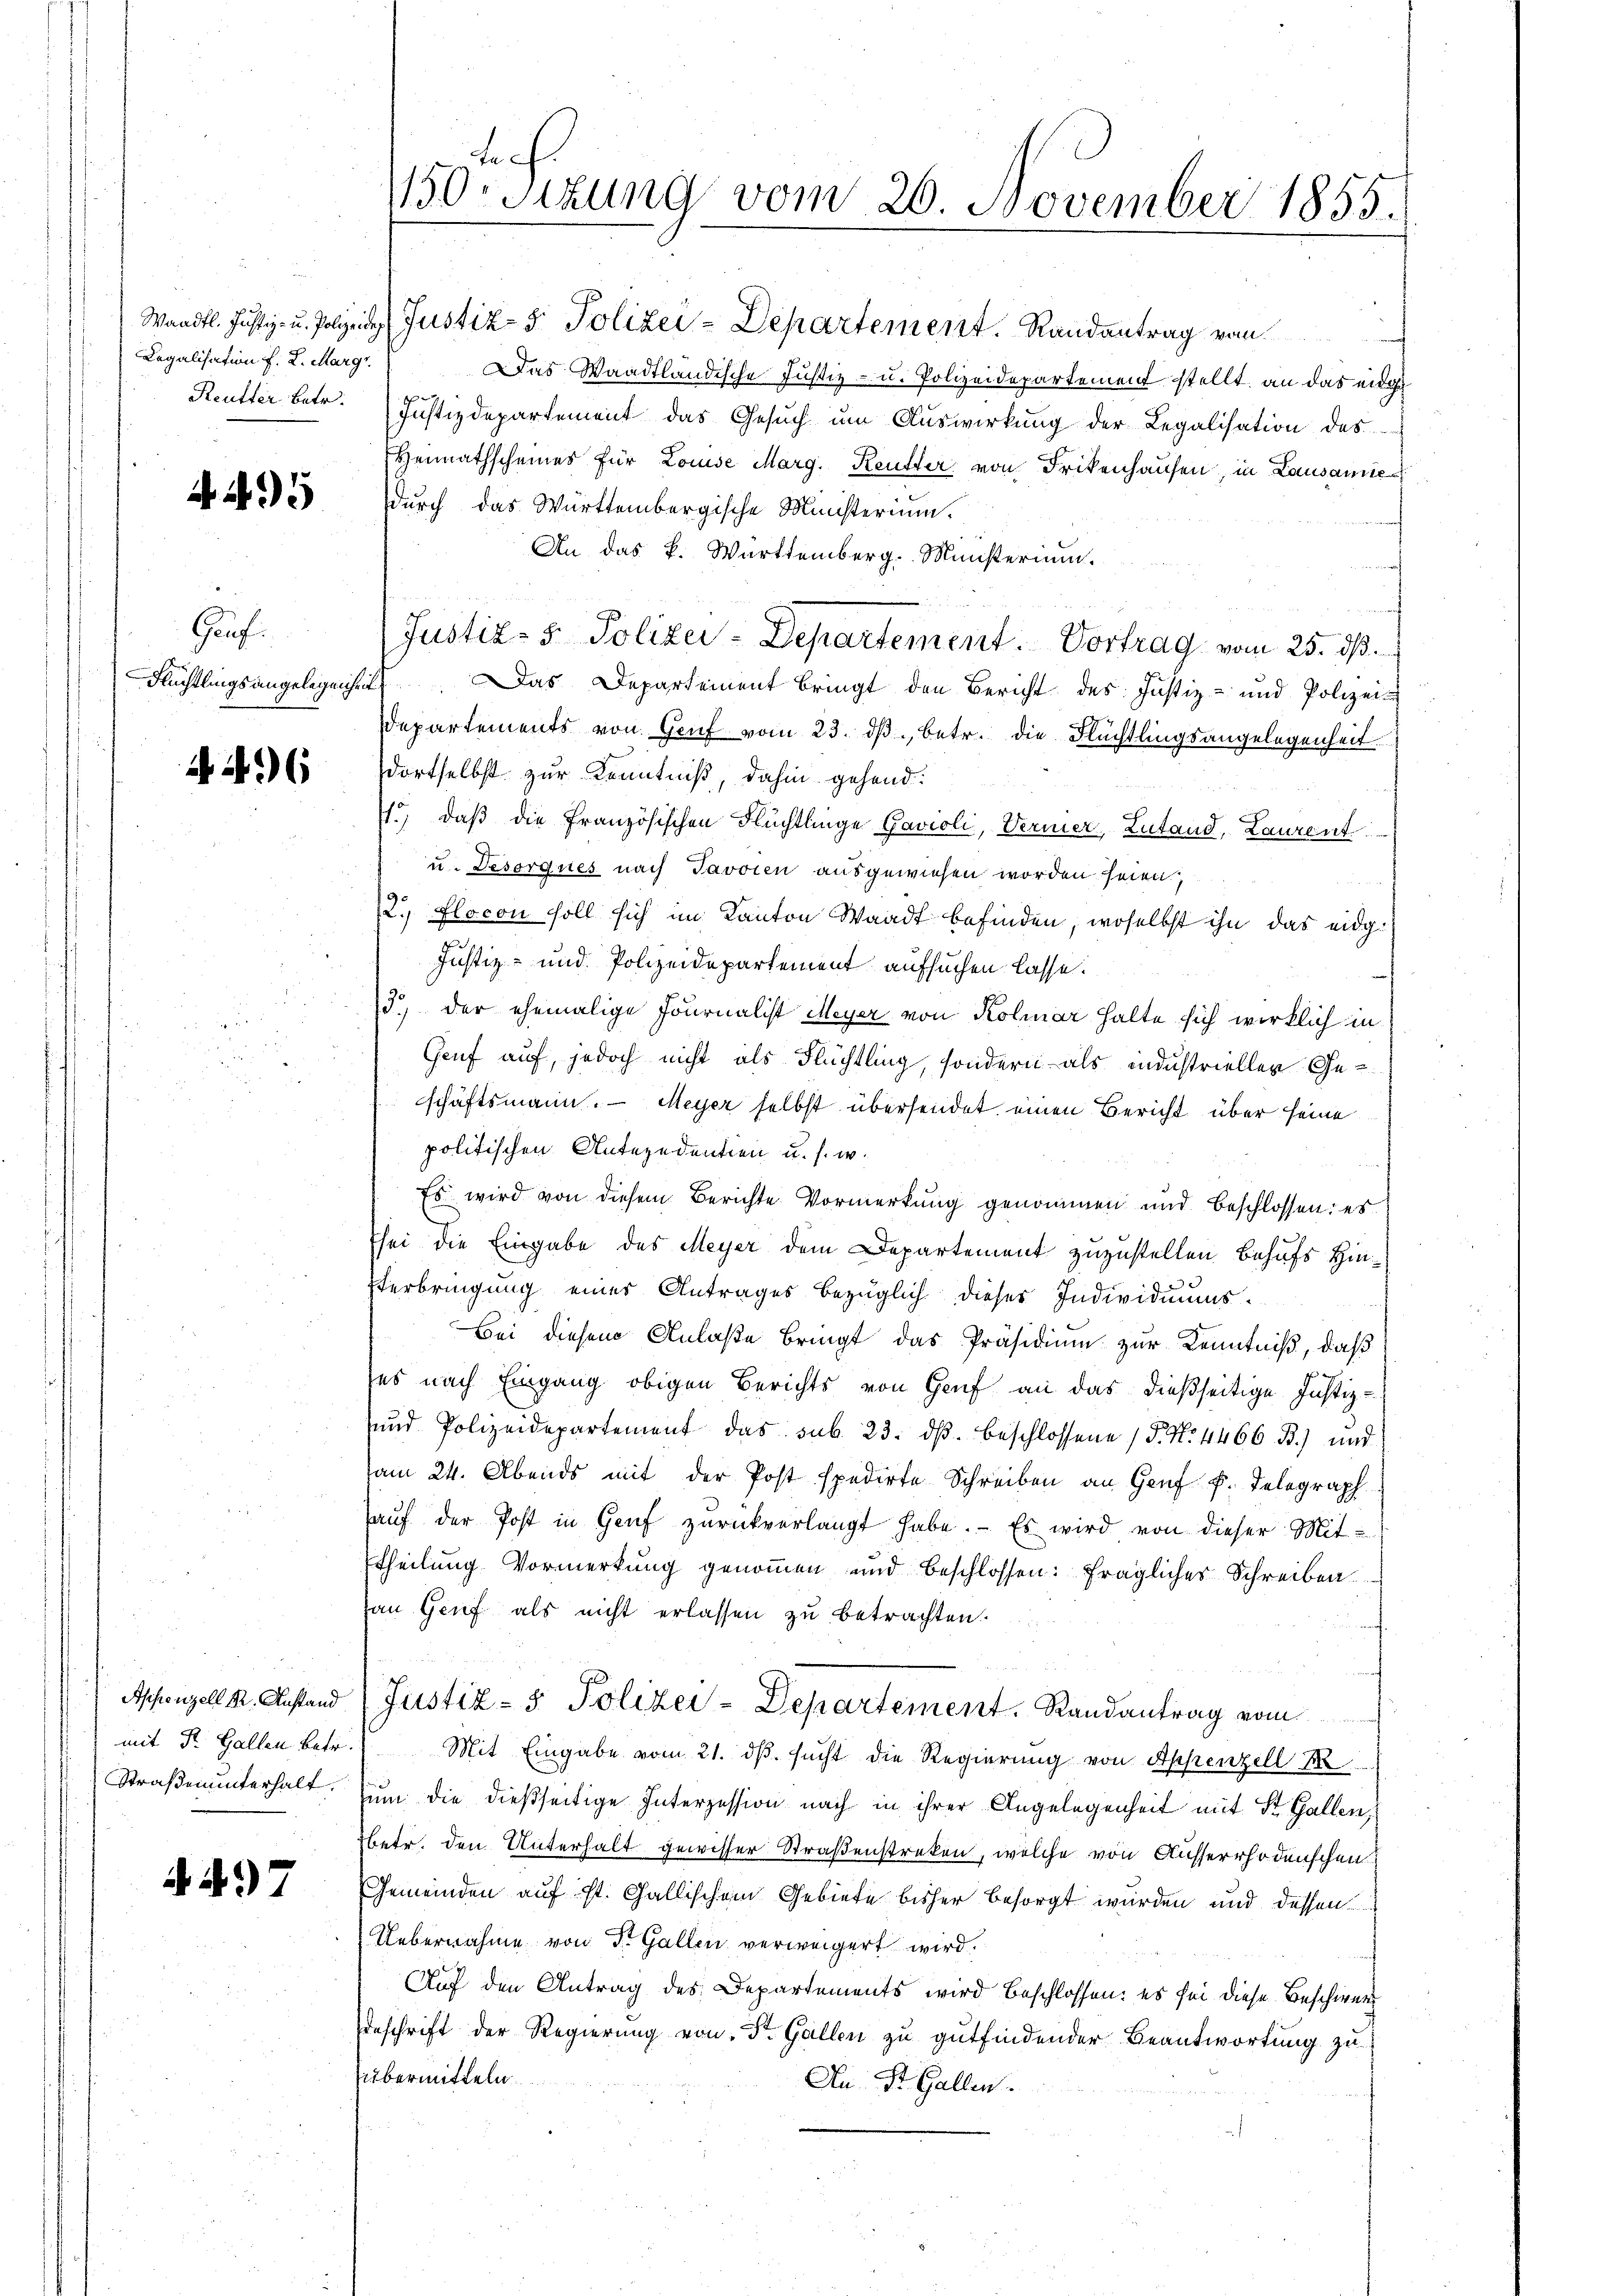
Legalisation f. 2. Marg

Gauf:

4496

Appenzell Kr. Anstand
mit Dr. Gallen betr.
Straßenunterhalt.

4497

Das Waadtländische Justiz- u. Polizeidepartement stellt, an das eidge
Reutter betr. Justizdepartement das Gesŭch ŭm Aŭswirkŭng der Legalisation des
Heimathscheines für Louise Marg. Keutter von Frikenhausen, in Lausanne
durch das Württembergische Ministerium.
An das k. Württemberg. Ministerium.
Justiz- & Polizei-Departement. Vortrag vom 25. dß.
Flüchtlingsangelegenheit. Das Departement bringt den Bericht des Justiz- und Polizei-
Departements von Genf vom 23. dβ, betr. die Flüchtlingsangelegenheit.
dortselbst zur Kenntniß, dahin gehend:
.) daß die französischen Flüchtlinge Gavioli, Vermer, Zutand, Laurent
u. Desorgnes nach Javoren ausgewiesen worden seien,
2., flocon soll sich im Kanton Waadt befinden, woselbst ihn das eidg¬
Justiz- und Polizeidepartement aufsuchen lasse.
3.) der ehemalige Fournalist Meyer von Kolmar halte sich wirklich in
Genf auf, jedoch nicht als Flüchtling, sondern als industrieller Geschäftsmann. Meyer selbst übersendet einen Bericht über seine
politischen Antezedentien u. s. w.
Es wird von diesem Berichte Vormerkung genommen und beschlossen: es
Esei die Eingabe des Meyer dem Departement zuzustellen behufs Hinsterbringung einer Antrages bezüglich dieser Individuums-
Bei diesem Anlaße bringt das Präsidium zur Kenntniß, daß
es nach Eingang obigen Berichts von Hauf an das dießseitige Justiz-
und Polizeidepartement das sub. 23. ds. beschlossene 15. No. 4466 B.) und
am 24. Abends mit der Post spedirte Schreiben an Genf f. Telegraph
aŭf der Post in Genf zŭrückverlangt habe. Es wird von dieser Mit-
theilung Vormerkung genommen und beschlossen: fraglicher Schreiben
an Genf als nicht erlassen zu betrachten.
Justiz- & Polizei-Departement. Randantrag vom
Mit Eingabe vom 21. ds. sucht die Regierung von Appenzell
um die dießseitige Interzession nach in ihrer Angelegenheit mit St. Gallen,
betr. den Unterhalt gewisser Straßenstreken, welche von Ausserrhodenschen
Gemeinden auf ist. Gallischem Gebiete bisher besorgt wurden und dessen
Uebernahme von Dr. Gallen verweigert wird.
Auf den Antrag des Departements wird beschlossen: es sei diese Beschwer
eschrift der Regierung von Dr. Gallen zu gutfindender Beantwortung zu
übermitteln.
An St. Gallen.

Lie
150-sizung vom 26. November 1855.

Wandtl. Justiz- u. Polizeiden Justiz- & Polizei-Departement. Randantrag vom